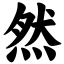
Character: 然